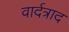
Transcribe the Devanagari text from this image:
वार्दत्राद